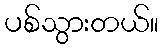
ပစ်သွားတယ်။